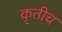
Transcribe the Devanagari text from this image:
कृतीच